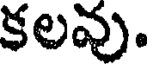
కలవు.